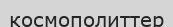
космополиттер